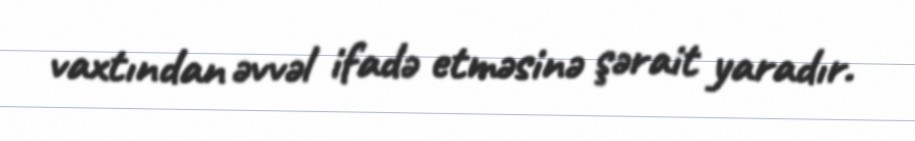
vaxtından əvvəl ifadə etməsinə şərait yaradır.